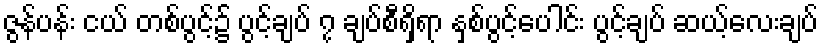
ဇွန်ပန်း ငယ် တစ်ပွင့်၌ ပွင့်ချပ် ၇ ချပ်စီရှိရာ နှစ်ပွင့်ပေါင်း ပွင့်ချပ် ဆယ့်လေးချပ်